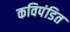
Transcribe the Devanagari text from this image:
कविपंडित